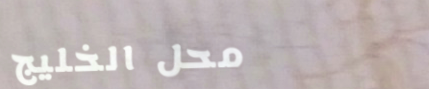
محل الخليج